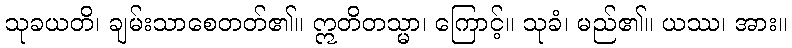
သုခယတိ၊ ချမ်းသာစေတတ်၏။ ဣတိတသ္မာ၊ ကြောင့်။ သုခံ၊ မည်၏။ ယဿ၊ အား။